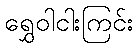
ရွှေဝါငါးကြင်း